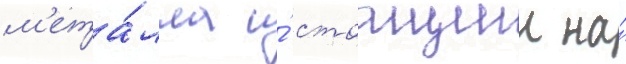
м'ета́лла и́ стоащии на́